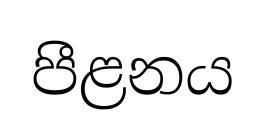
පීළනය